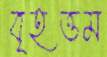
বৃহত্তম